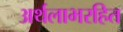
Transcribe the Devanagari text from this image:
अर्थलाभरहित